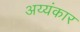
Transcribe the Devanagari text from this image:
अय्यंकार